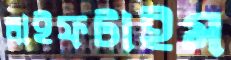
লাইফটাইম